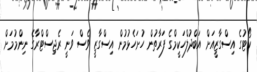
ކޯޓުގެ އިސްގާޒީއަށް އަބްދުލްހަކީމްގެ ފަރާތުން ހުށަހެޅުމުން އިސްގާޒީ ވެސް ވަނީ ރެޖިސްޓްރާގެ ނިންމުމަށް